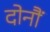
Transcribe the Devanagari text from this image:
दोनौं